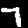
Label: 7